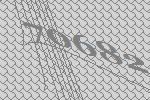
70682